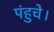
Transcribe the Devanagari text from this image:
पंहुचे।